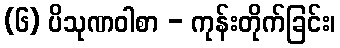
(၆) ပိသုဏဝါစာ - ကုန်းတိုက်ခြင်း၊